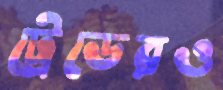
ট্রেডেরও